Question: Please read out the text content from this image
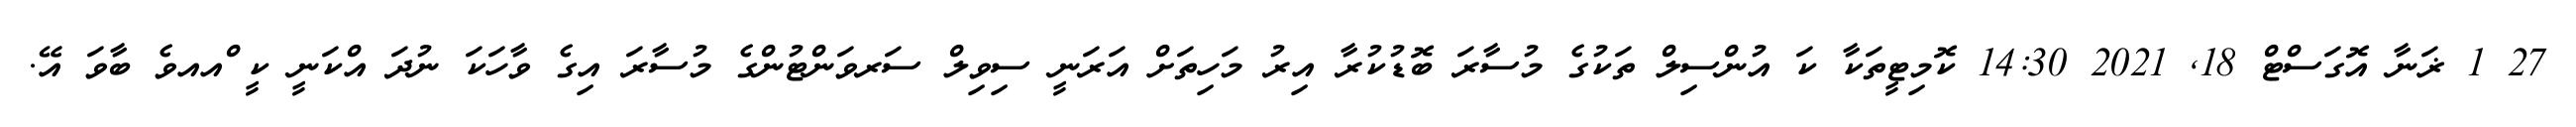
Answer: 27 1 ޜަނާ އޮގަސްޓް 18, 2021 14:30 ކޮމިޓީތަކާ ކަ އުންސިލް ތަކުގެ މުސާރަ ބޮޑުކުރާ އިރު މަހިތަށް އަރަނީ ސިވިލް ސަރވަންޓުންގެ މުސާރަ އިގެ ވާހަކަ ނުދަ އްކަނީ ކީ ްއއވެ ބާވަ އޭ.